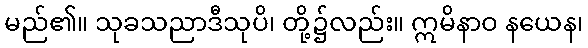
မည်၏။ သုခသညာဒီသုပိ၊ တို့၌လည်း။ ဣမိနာဝ နယေန၊